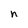
Character: h